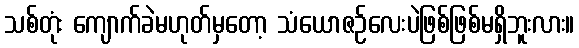
သစ်တုံး ကျောက်ခဲမဟုတ်မှတော့ သံယောဇဉ်လေးပဲဖြစ်ဖြစ်မရှိဘူးလား။